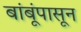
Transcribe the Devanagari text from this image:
बांबूंपासून